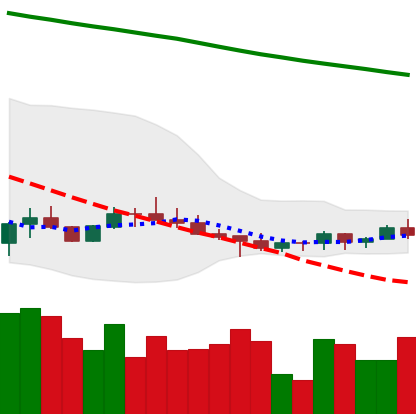
Ticker: ADA-USD
Chart end date: 2022-07-08
Forward return: -6.249%
Label: down_5_7